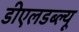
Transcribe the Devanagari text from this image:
डीएलडब्ल्यू